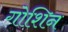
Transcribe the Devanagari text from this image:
गोशिन